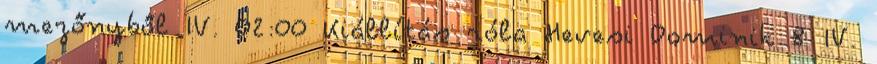
mezőnyből IV. 02:00 Kiállítás róla Hevesi Dominik 8 IV.